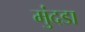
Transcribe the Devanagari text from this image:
मुंदडा